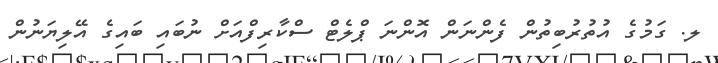
ލ. ގަމުގެ އުތުރުބިތުން ފެންނަން އޮންނަ ޕްލެޓް ސްކާރިފްއަށް ނުބައި ބައިގެ އޭލިޔަނުން